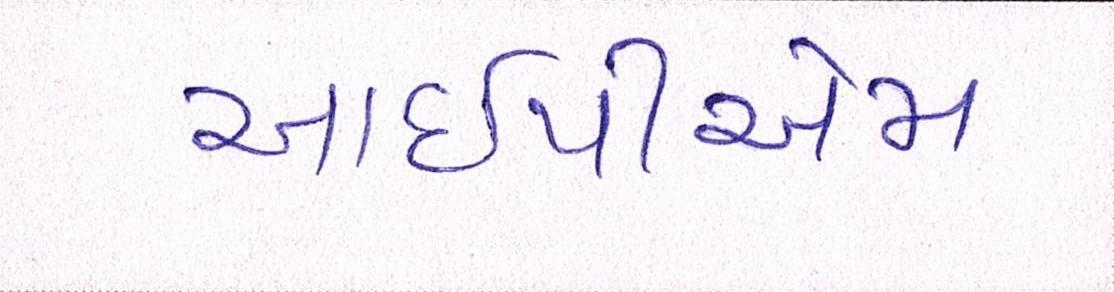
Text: આઇપીએમ